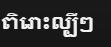
ពិរោះល្បីៗ